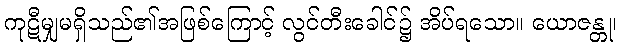
ကုဋီမျှမရှိသည်၏အဖြစ်ကြောင့် လွင်တီးခေါင်၌ အိပ်ရသော။ ယောဇန္တု၊